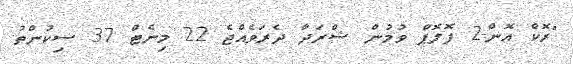
"ރޮކް އޮން-2 ފޮލޮޕް ވުމުން ޝްރަދާ ދެރަވެއްޖެ 22 މިނެޓް 37 ސިކުންތު